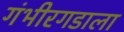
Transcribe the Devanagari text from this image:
गंभीरगडाला